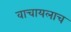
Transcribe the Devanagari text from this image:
वाचायलाच